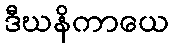
ဒီဃနိကာယေ